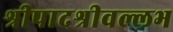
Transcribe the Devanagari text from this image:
श्रीपादश्रीवल्लभ